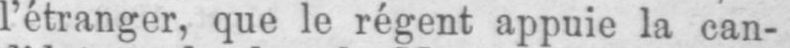
l’étranger, que le régent appuie la can-